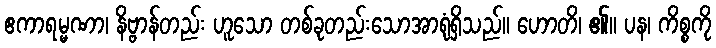
ဧကာရမ္မဏာ၊ နိဗ္ဗာန်တည်း ဟူသော တစ်ခုတည်းသောအာရုံရှိသည်။ ဟောတိ၊ ၏။ ပန၊ ကိစ္စကို